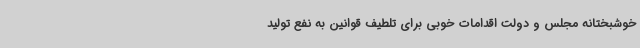
خوشبختانه مجلس و دولت اقدامات خوبی برای تلطیف قوانین به نفع تولید